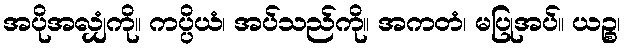
အပိုအလျှံကို။ ကပ္ပိယံ၊ အပ်သည်ကို။ အကတံ၊ မပြုအပ်။ ယဉ္စ၊